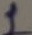
Text: 1